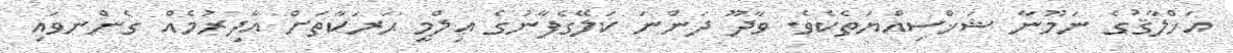
އަޚްލާޤުގެ ނަމޫނާ ޝަޚްސިއްޔަތެކެވެ. ވާދޫ ދަންނަ ކަލޭގެފާނުގެ ޢިލްމީ ޙަރަކާތަށް އާދިރުމެއް ގެންނވައި